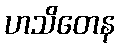
ဟသိတေန